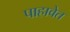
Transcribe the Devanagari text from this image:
पाहावेत